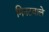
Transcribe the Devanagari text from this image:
मिनटवाले